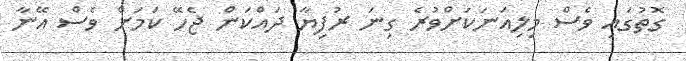
ގޮތުގައި ވެސް މިލިއަނަކަށްވުރެ ގިނަ ރުފިޔާ ދައްކަން ޖެހޭ ކަމަށް ވެސް އޭނާ